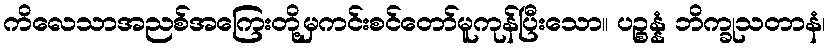
ကိလေသာအညစ်အကြေးတို့မှကင်းစင်တော်မူကုန်ပြီးသော။ ပဉ္စန္နံ ဘိက္ခုသတာနံ၊